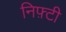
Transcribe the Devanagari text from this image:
निफ़्टी